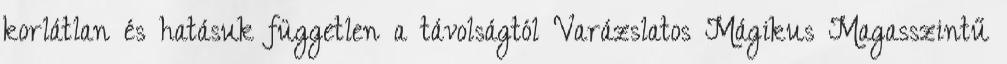
korlátlan és hatásuk független a távolságtól Varázslatos Mágikus Magasszintű